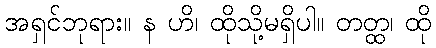
အရှင်ဘုရား။ န ဟိ၊ ထိုသို့မရှိပါ။ တတ္ထ၊ ထို